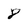
Character: 8